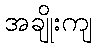
အချိုးကျ